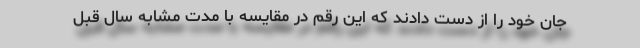
جان خود را از دست دادند که این رقم در مقایسه با مدت مشابه سال قبل